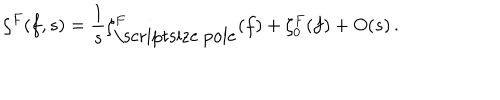
LaTeX: \zeta ^ { F } ( f , s ) = \frac 1 s \zeta _ { \mathrm { \scriptsize ~ p o l e } } ^ { F } ( f ) + \zeta _ { 0 } ^ { F } ( f ) + O ( s ) \, .